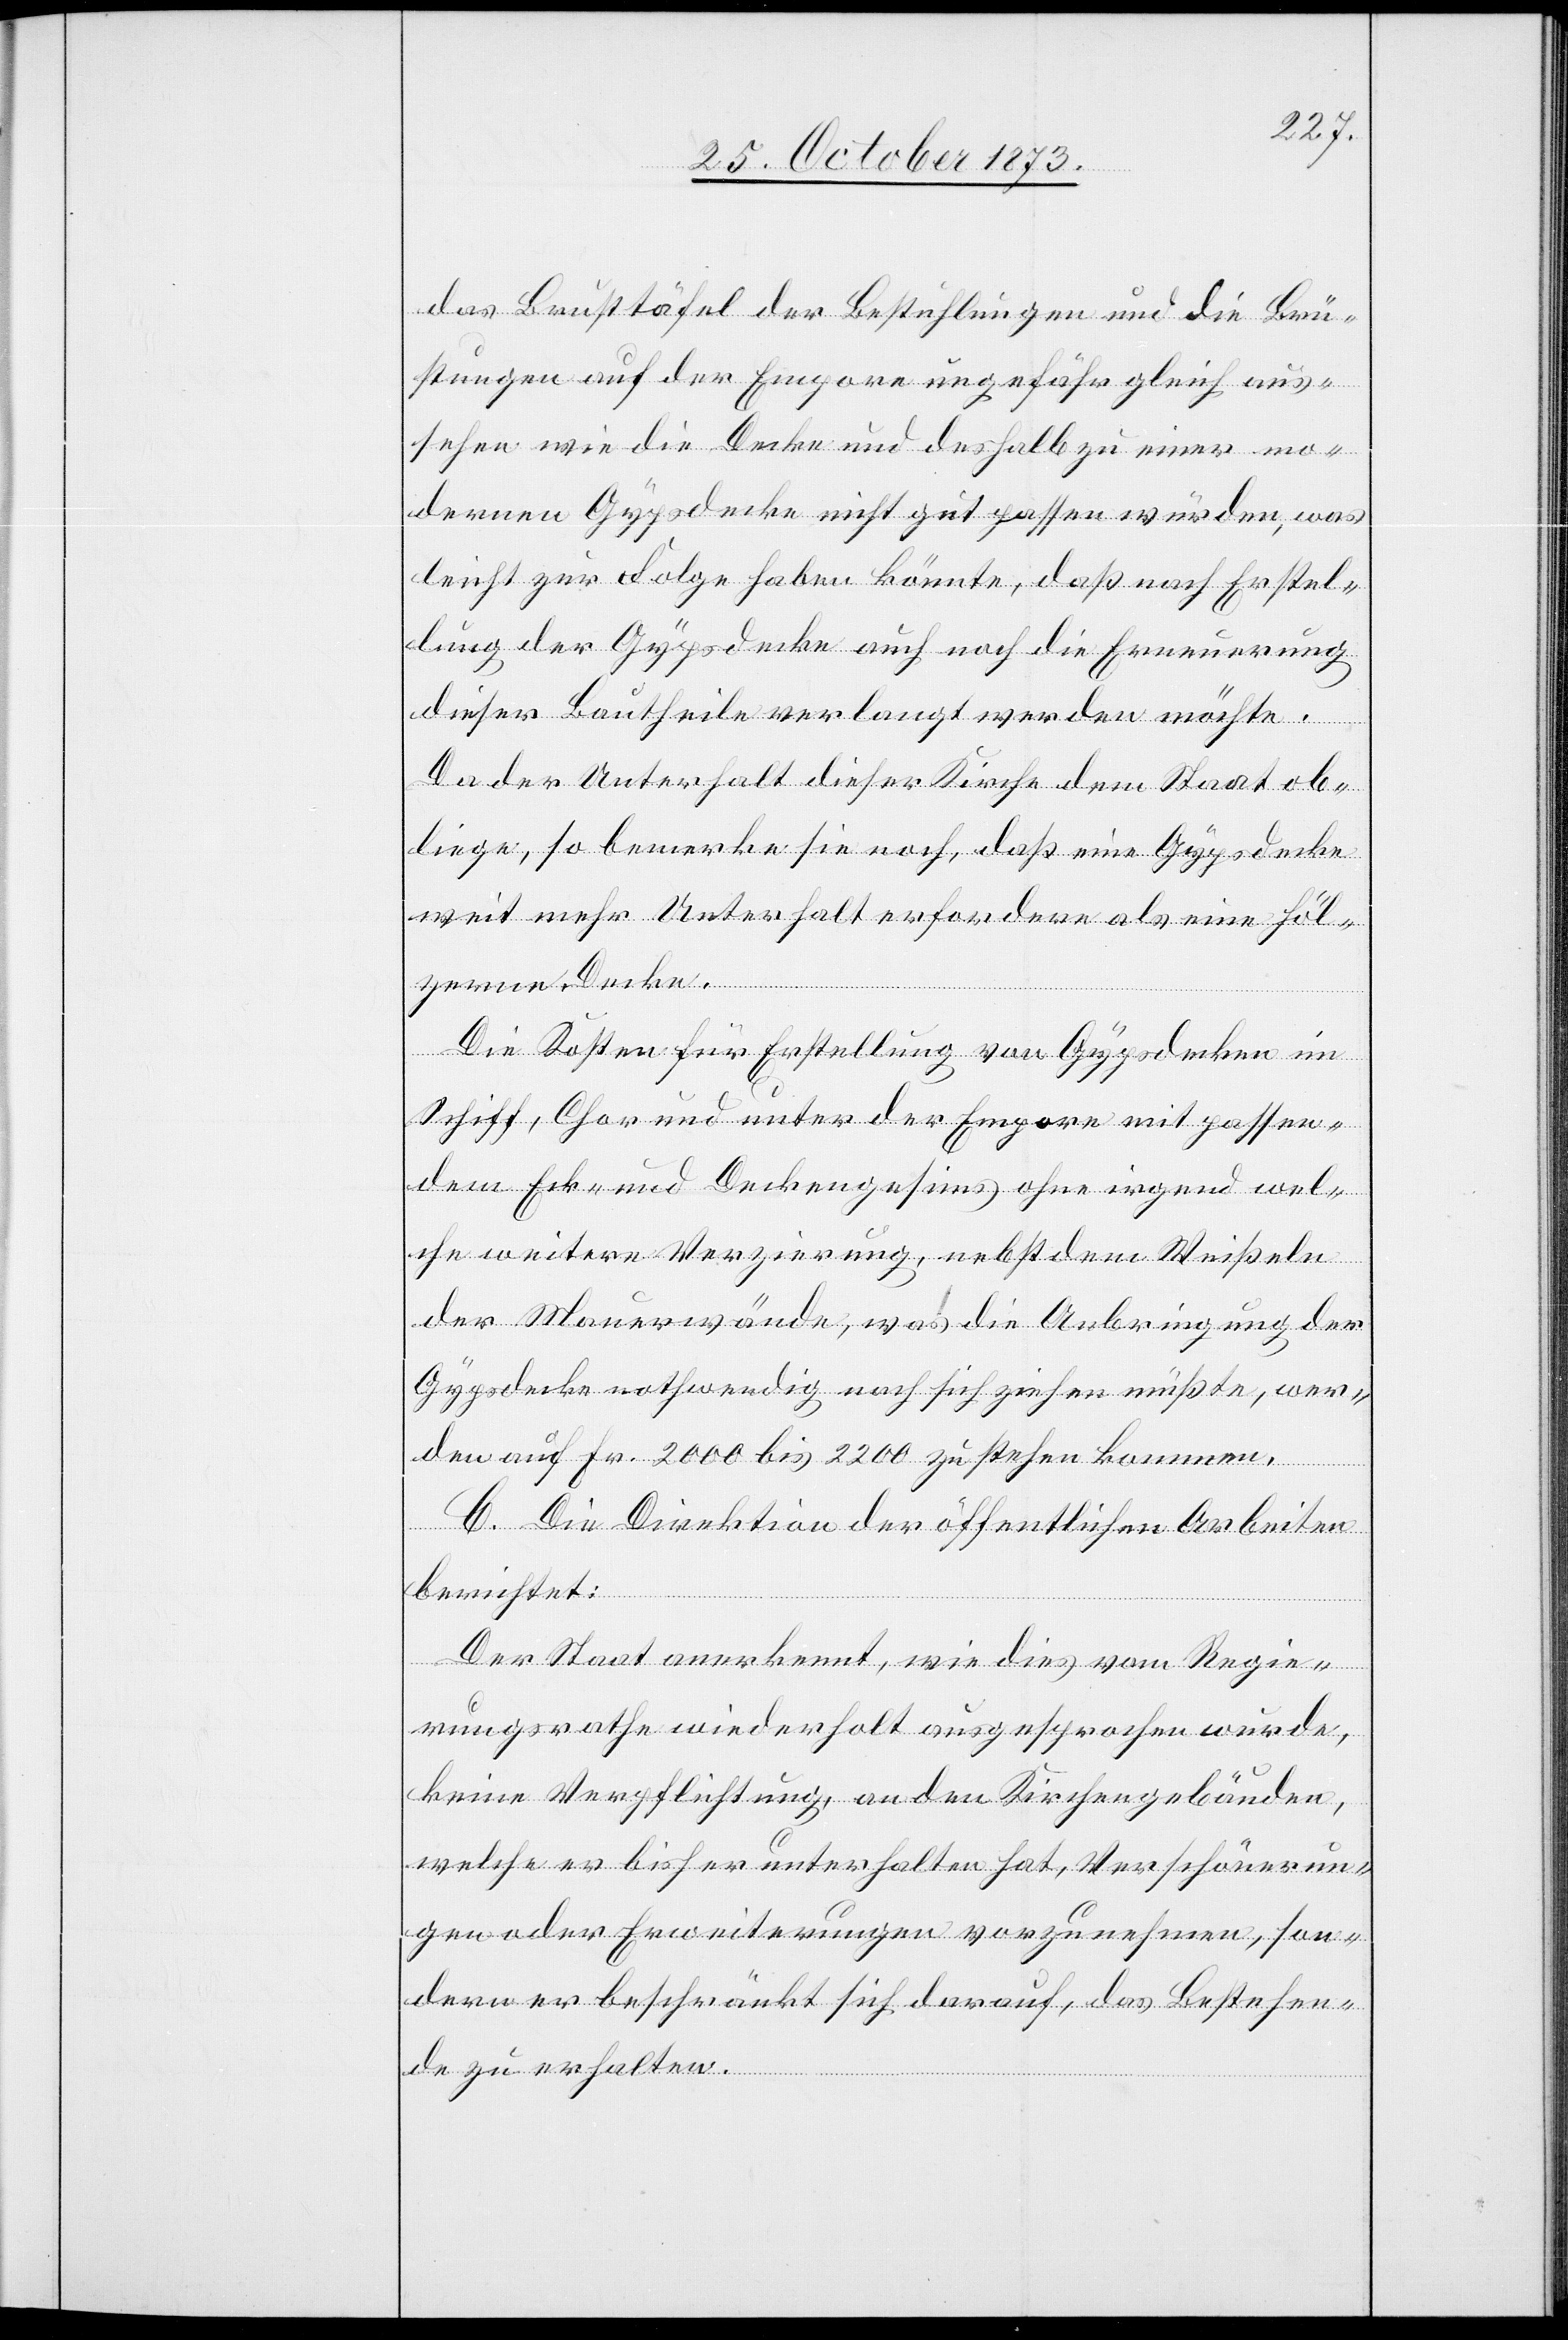
das Brusttäfel der Bestuhlungen und die Brü¬
stungen auf der Empore ungefähr gleich aus¬
sehen wie die Decke und deshalb zu einer mo¬
dernen Gypsdecke nicht gut passen würden, was
leicht zur Folge haben könnte, daß nach Erstel¬
lung der Gypsdecke auch noch die Erneuerung
dieser Bautheile verlangt werden möchte.
Da der Unterhalt dieser Kirche dem Staat ob¬
liege, so bemerke sie noch, daß eine Gypsdecke
weit mehr Unterhalt erfordere als eine höl¬
zerne Decke.
Die Kosten für Erstellung von Gypsdecken im
Schiff, Chor und unter der Empore mit passen¬
dem Eck- und Deckengesims ohne irgend wel¬
che weitere Verzierung, nebst dem Weißeln
der Mauerwände, was die Anbringung der
Gypsdecke nothwendig nach sich ziehen müßte, wer¬
den auf Fr. 2 000 bis 2 200 zu stehen kommen.
C. Die Direktion der öffentlichen Arbeiten
berichtet:
Der Staat anerkennt, wie dies vom Regie¬
rungsrathe wiederholt ausgesprochen wurde,
keine Verpflichtung, an den Kirchengebäuden,
welche er bisher unterhalten hat, Verschönerun¬
gen oder Erweiterungen vorzunehmen, son¬
dern er beschränkt sich darauf, das Bestehen¬
de zu erhalten.